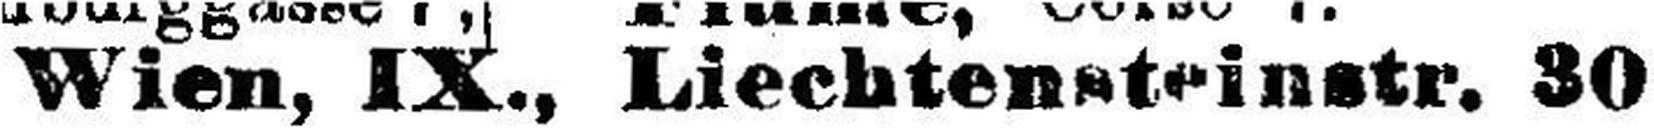
Wien, IX., Liechtensteinstr. 30